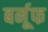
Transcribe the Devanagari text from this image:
बर्नूफ